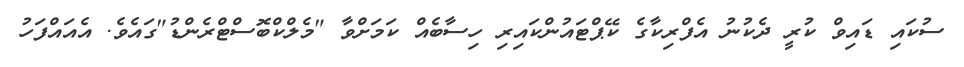
ސުކައި ޑައިވް ކުރީ ދެކުނު އެފްރިކާގެ ކޭޕްޓައުންކައިރި ހިސާބެއް ކަމަށްވާ "މެލްކްބޮސްޓްރެންޑު"ގައެވެ. އެއައްފަހު